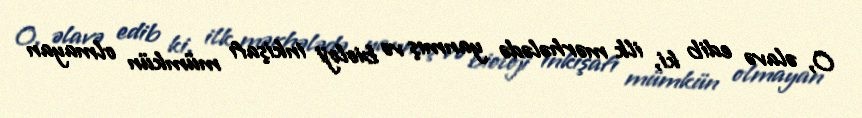
O, əlavə edib ki, ilk mərhələdə yanmış və bioloji inkişafı mümkün olmayan